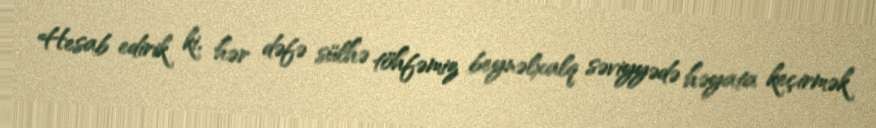
Hesab edirik ki, hər dəfə sülhə töhfəmiz beynəlxalq səviyyədə həyata keçirmək